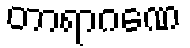
တာရာဂဏေ